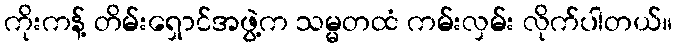
ကိုးကန့် တိမ်းရှောင်အဖွဲ့က သမ္မတထံ ကမ်းလှမ်း လိုက်ပါတယ်။